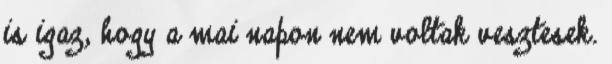
is igaz, hogy a mai napon nem voltak vesztesek.